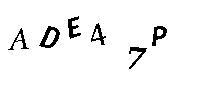
ADE47P